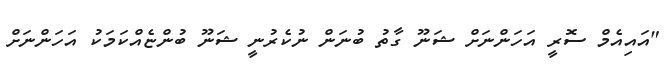
"އައިއެމް ސޮރީ އަހަންނަށް ޝަނޫ ގާތު ބުނަން ނުކެރުނީ ޝަނޫ ބުންޏެއްކަމަކު އަހަންނަށް